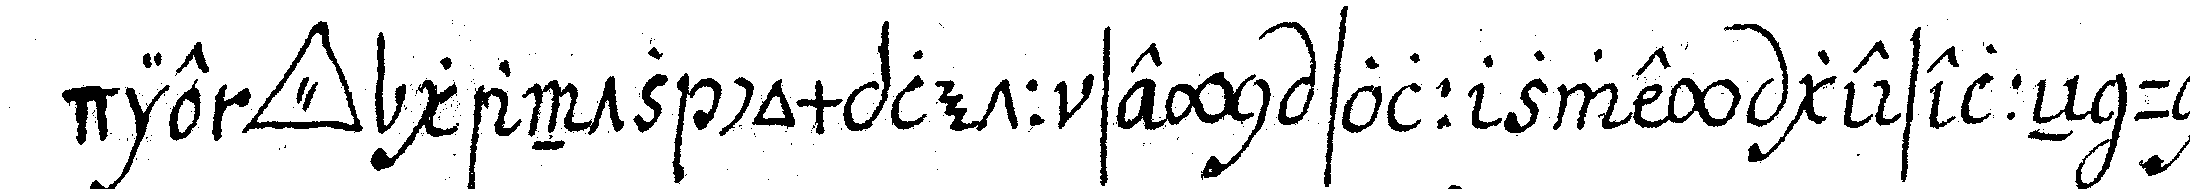
die *tri..* gantz complett seyn soll zwey geselleN und